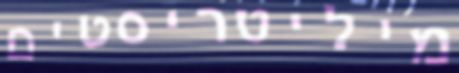
מיליטריסטים